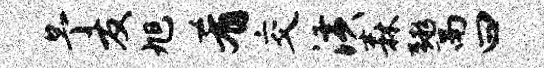
予友旭肴交潢森鬻曰